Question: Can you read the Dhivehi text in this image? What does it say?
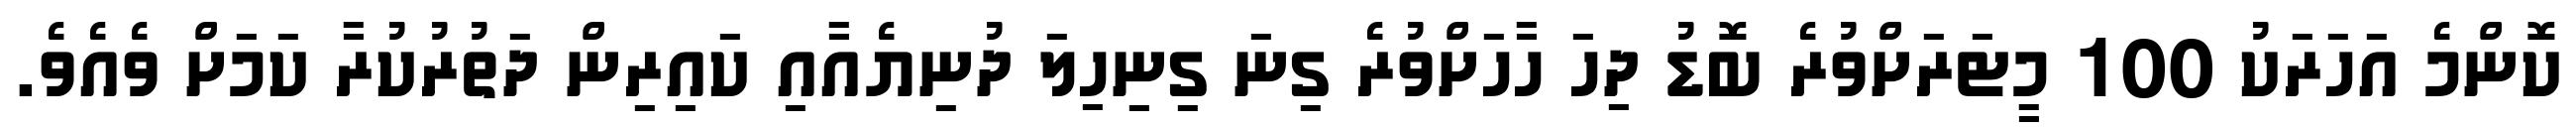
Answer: ކޮންމެ އަހަރަކު 100 މީޓަރަށްވުރެ ބޮޑު ދިހަ ހާހަށްވުރެ ގިނަ ގިނިހިލަ ދުނިޔެއާއި ކައިރިން ދަތުރުކުރާ ކަމަށް ވެއެވެ.